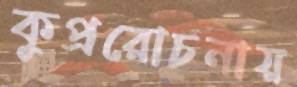
কুপ্ররোচনায়